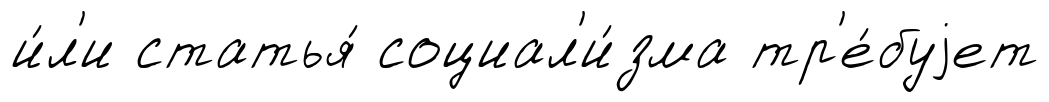
и́л'и статья́ социал'и́зма тр'е́буjет